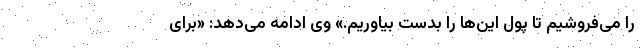
را می‌فروشیم تا پول این‌ها را بدست بیاوریم.» وی ادامه می‌دهد: «برای